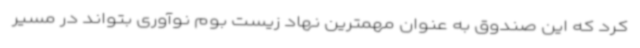
کرد که این صندوق به عنوان مهمترین نهاد زیست بوم نوآوری بتواند در مسیر